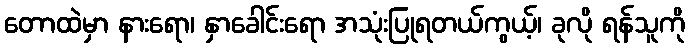
တောထဲမှာ နားရော၊ နှာခေါင်းရော အသုံးပြုရတယ်ကွယ့်၊ ခုလို ရန်သူကို